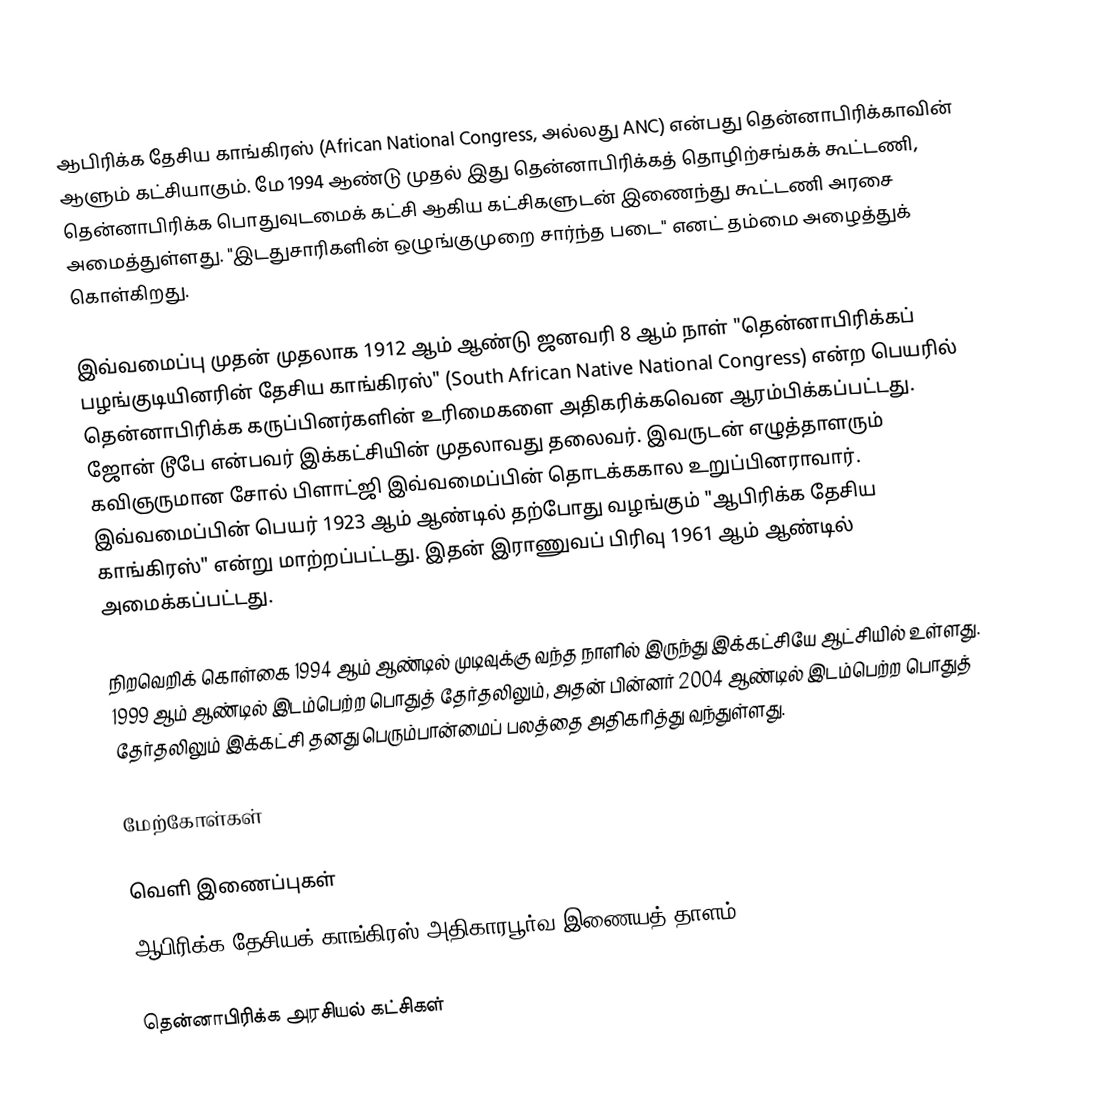
ஆபிரிக்க தேசிய காங்கிரஸ் (African National Congress, அல்லது ANC) என்பது தென்னாபிரிக்காவின் ஆளும் கட்சியாகும். மே 1994 ஆண்டு முதல் இது தென்னாபிரிக்கத் தொழிற்சங்கக் கூட்டணி, தென்னாபிரிக்க பொதுவுடமைக் கட்சி ஆகிய கட்சிகளுடன் இணைந்து கூட்டணி அரசை அமைத்துள்ளது. "இடதுசாரிகளின் ஒழுங்குமுறை சார்ந்த படை" எனட் தம்மை அழைத்துக் கொள்கிறது.

இவ்வமைப்பு முதன் முதலாக 1912 ஆம் ஆண்டு ஜனவரி 8 ஆம் நாள் "தென்னாபிரிக்கப் பழங்குடியினரின் தேசிய காங்கிரஸ்" (South African Native National Congress) என்ற பெயரில் தென்னாபிரிக்க கருப்பினர்களின் உரிமைகளை அதிகரிக்கவென ஆரம்பிக்கப்பட்டது. ஜோன் டூபே என்பவர் இக்கட்சியின் முதலாவது தலைவர். இவருடன் எழுத்தாளரும் கவிஞருமான சோல் பிளாட்ஜி இவ்வமைப்பின் தொடக்ககால உறுப்பினராவார். இவ்வமைப்பின் பெயர் 1923 ஆம் ஆண்டில் தற்போது வழங்கும் "ஆபிரிக்க தேசிய காங்கிரஸ்" என்று மாற்றப்பட்டது. இதன் இராணுவப் பிரிவு 1961 ஆம் ஆண்டில் அமைக்கப்பட்டது.

நிறவெறிக் கொள்கை 1994 ஆம் ஆண்டில் முடிவுக்கு வந்த நாளில் இருந்து இக்கட்சியே ஆட்சியில் உள்ளது. 1999 ஆம் ஆண்டில் இடம்பெற்ற பொதுத் தேர்தலிலும், அதன் பின்னர் 2004 ஆண்டில் இடம்பெற்ற பொதுத் தேர்தலிலும் இக்கட்சி தனது பெரும்பான்மைப் பலத்தை அதிகரித்து வந்துள்ளது.

மேற்கோள்கள்

வெளி இணைப்புகள்
 ஆபிரிக்க தேசியக் காங்கிரஸ்  அதிகாரபூர்வ இணையத் தாளம்

தென்னாபிரிக்க அரசியல் கட்சிகள்